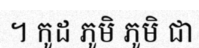
។ កូដ ភូមិ ភូមិ ជា